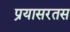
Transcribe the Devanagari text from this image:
प्रयासरतस